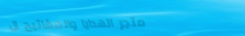
متجر الهدايا والمفاتيح ال